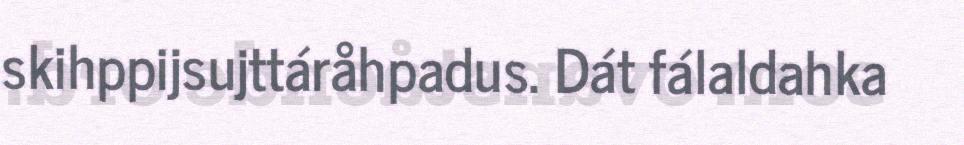
skihppijsujttáråhpadus. Dát fálaldahka